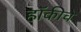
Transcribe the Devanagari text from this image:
हाॅकीचे